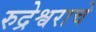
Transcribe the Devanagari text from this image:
रुद्रेश्वराचे